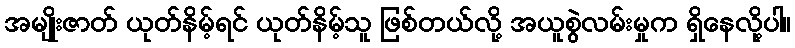
အမျိုးဇာတ် ယုတ်နိမ့်ရင် ယုတ်နိမ့်သူ ဖြစ်တယ်လို့ အယူစွဲလမ်းမှုက ရှိနေလို့ပါ။